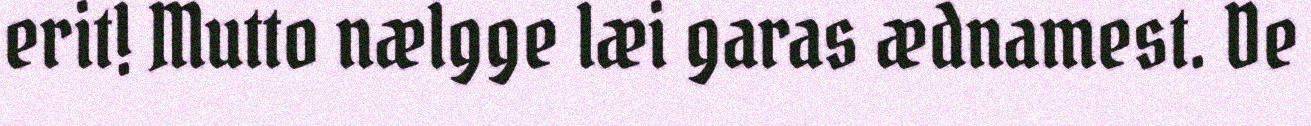
erit! Mutto nælgge læi garas ædnamest. De